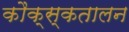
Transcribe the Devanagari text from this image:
कौक्स्कतालन